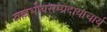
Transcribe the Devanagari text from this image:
वल्लभीयसम्प्रदायाचार्य